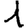
Digit: 1